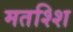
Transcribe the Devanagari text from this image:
मतश्शि